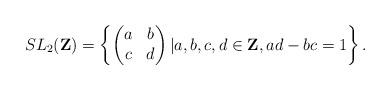
LaTeX: \begin{align*}SL_2(\mathbf{Z})=\left\{\left(\begin{matrix}a &b\cr c & d\end{matrix}\right) | a,b,c,d\in \mathbf{Z}, ad-bc=1\right\}.\end{align*}